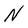
Character: N